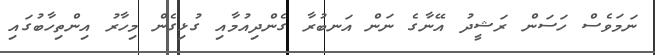
ނަމަވެސް ހަސަން ރަޝީދު އޭނާގެ ނަން އަނބުރާ ގެންދިއުމާއި ގުޅިގެން މިހާރު އިންތިހާބުގައި